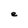
Character: e